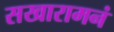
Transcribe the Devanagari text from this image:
सखारामनं